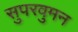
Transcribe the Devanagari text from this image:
सुपरवुमन